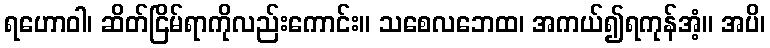
ရဟောဝါ၊ ဆိတ်ငြိမ်ရာကိုလည်းကောင်း။ သစေလဘေထ၊ အကယ်၍ရကုန်အံ့။ အပိ၊